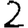
Digit: 2